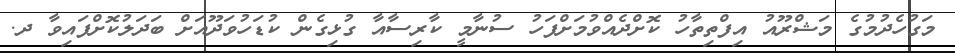
މަގުހެދުމުގެ މަޝްރޫއު އިފްތިތާހު ކޮށްދެއްވުމަށްފަހު ސުނާމީ ކާރިސާއާ ގުޅިގެން ކުޑަހުވަދޫއަށް ބަދަލުކޮށްފައިވާ ދ.